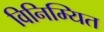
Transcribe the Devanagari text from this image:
विनिम्यित